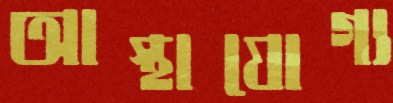
আস্থাযোগ্য